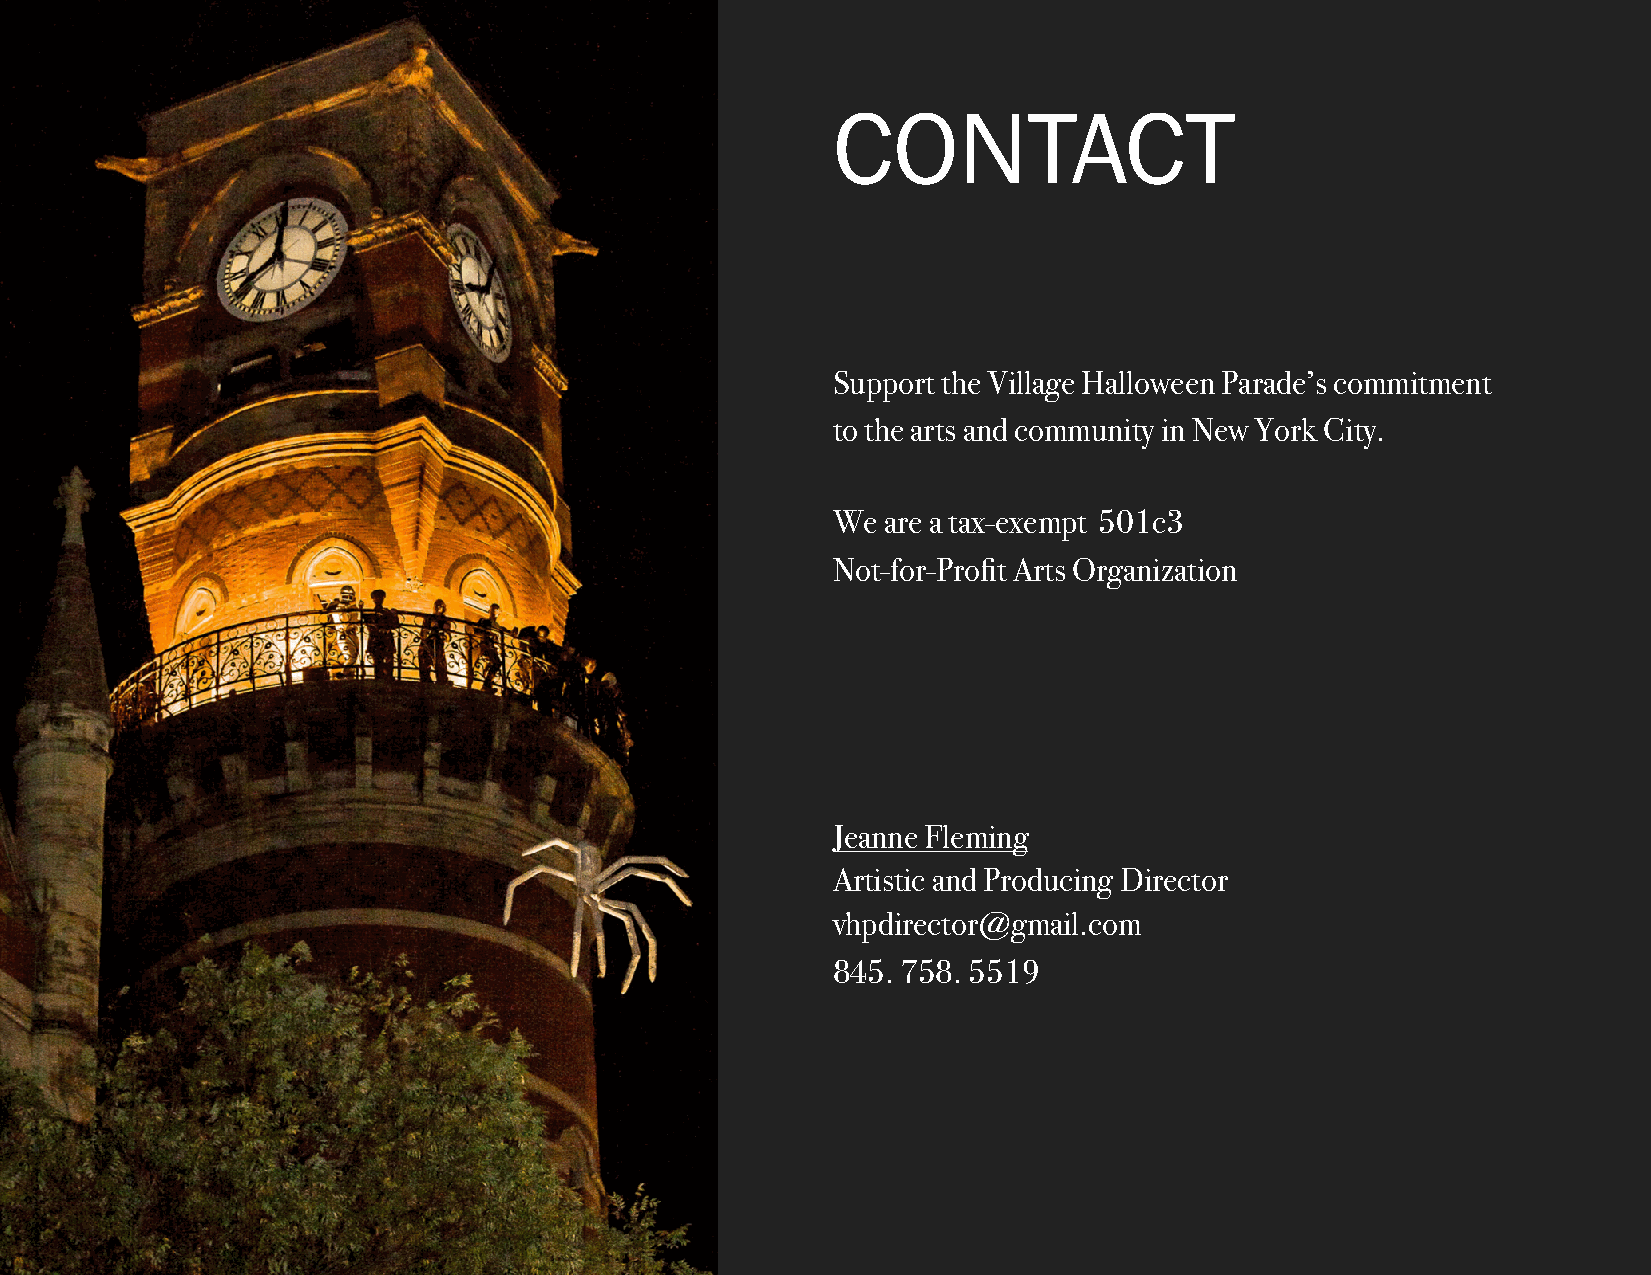
CONTACT
 Support the Village Halloween Parade’s commitment
 to the arts and community in New York City.
 We are a tax-exempt 501c3
 Not-for-Profit Arts Organization
 Jeanne Fleming
 Artistic and Producing Director
 vhpdirector@gmail.com
 845. 758. 5519